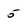
Character: 5